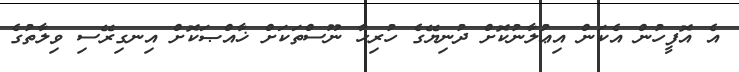
އެ އޮފީހުން އެކަން އިޢުލާނުކޮށް ދުނިޔޭގެ ހުރިހާ ނޫސްތަކަށް ޚާއްޞަކޮށް އިނގިރޭސި ވިލާތުގެ